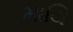
માથિ